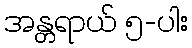
အန္တရာယ် ၅-ပါး